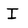
Character: I